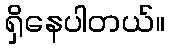
ရှိနေပါတယ်။